Scientific memoirs by medical officers of the Army of India - Part II,
Year: 1886
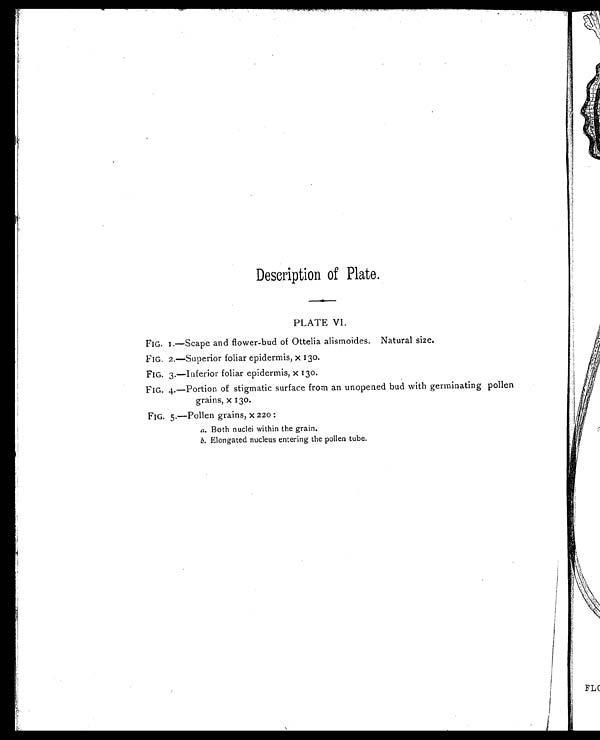
Description of Plate.
PLATE VI.
FIG. I.—Scape and flower-bud of Ottelia alismoides. Natural size.
FIG. 2.—Superior foliar epidermis, x 130.
FIG. 3.—Inferior foliar epidermis, x 130.
FIG. 4.—Portion of stigmatic surface from an unopened bud with germinating pollen
grains, x 130.
FIG. 5.—Pollen grains, x 220:
a. Both nuclei within the grain.
b. Elongated nucleus entering the pollen tube.